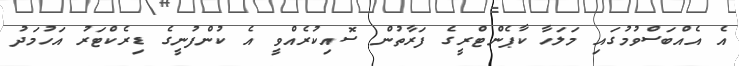
އެ އެއްބަސްވުމުގައި މަލަހާ ކާޕެންޓްރީގެ ފަރާތުން ސޮއިކުރެއްވީ އެ ކުންފުނީގެ ޑިރެކްޓަރު އަހުމަދު